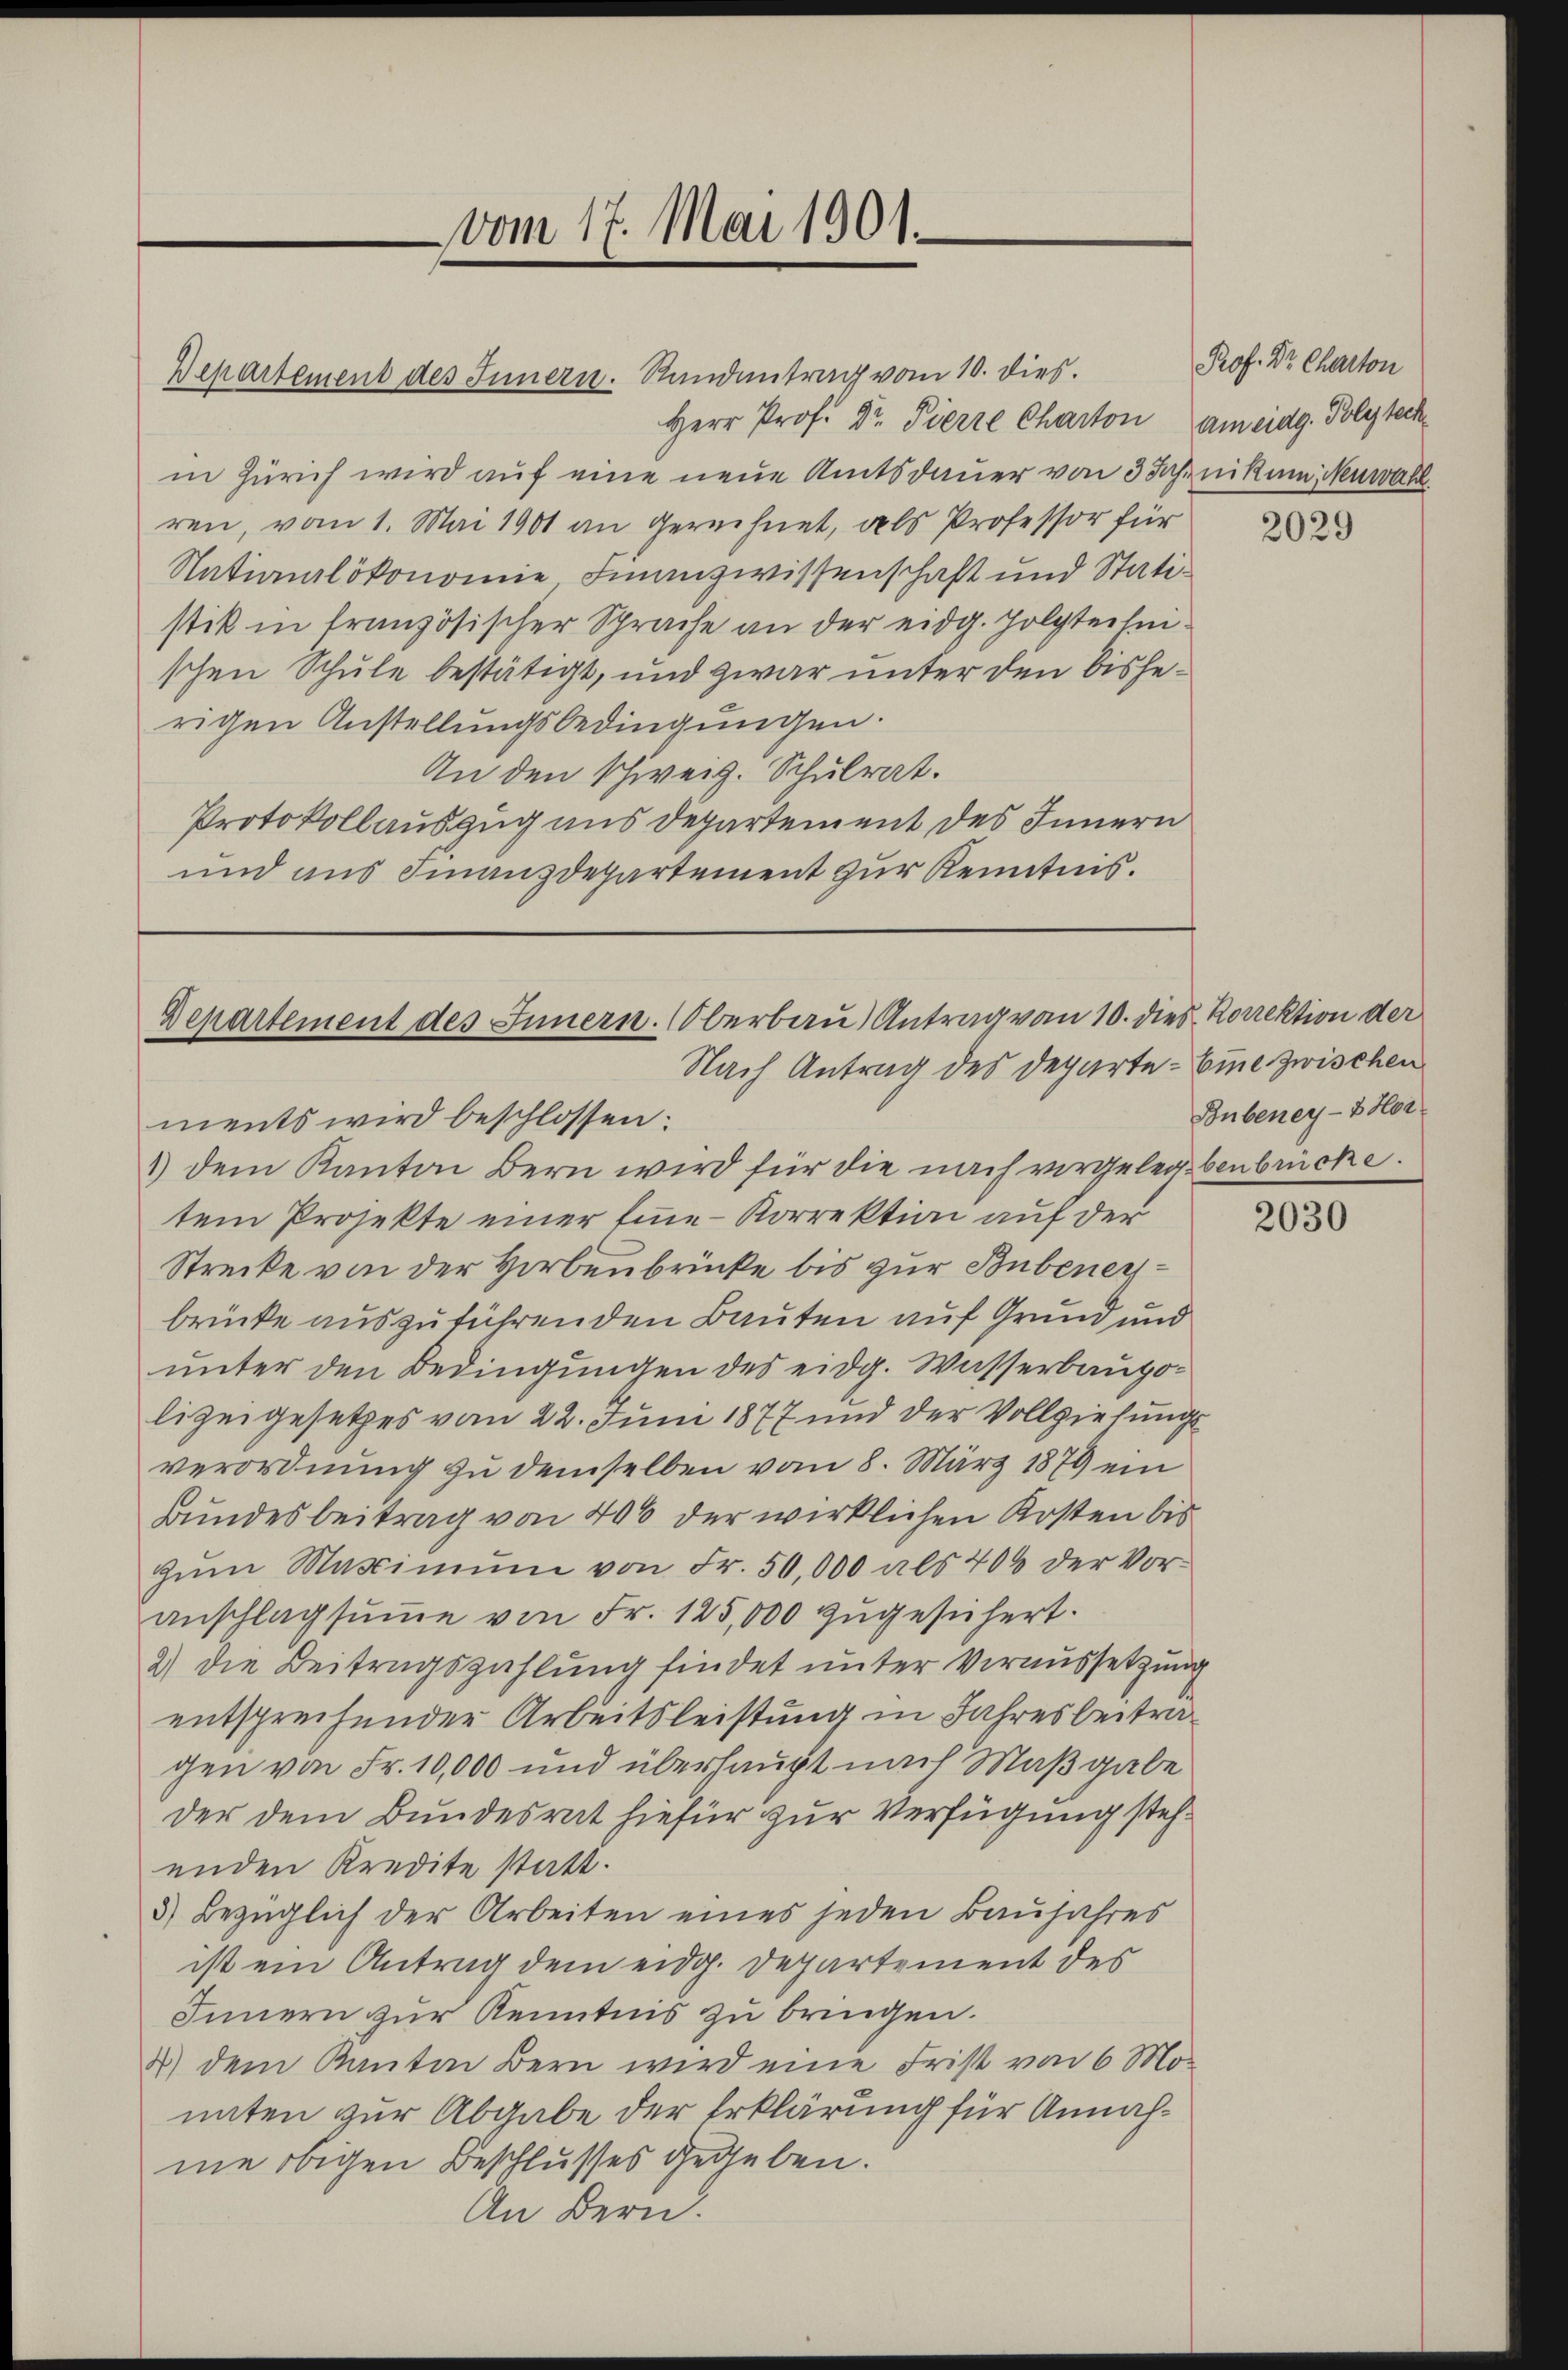
Herr Prof. Dr. Pierre Charton am eidg. Polyteche
in Zürich wird auf eine neue Amtsdauer von 3 Jahnikum Neuwahl
ren, vom 1. Mai 1901 an gerechnet, als Professor für
Nationalökonomie Finanzwissenschaft und Statistik in französischer Sprache an der eidg. Polytechnischen Schule bestätigt, und zwar unter den bisherigen Anstellungsbedingungen.
An den Schweiz. Schulrat.
Protokollauszug aus Departement des Innern
und aus Finanzdepartement zur Kenntnis.

vom 17. Mai 1901.

Departement des Innern. Randantrag vom 10. dies. Prof. Dr. Charton

Departement des Innern. Oberbau Antrag von 10. dies Korrektion der
Nach Antrag des Departe Eine zwischen

ments wird beschlossen:
1) dem Kanton Bern wird für die nach vorgelegebenbrücke.
tem Projekte einer Eine Korrektion auf der
Strecke von der Herbenbrücke bis zur Bubenerbrücke auszuführenden Bauten auf Grund und
unter den Bedingungen des eidg. Wasserbaupolizeigesetzes vom 22. Juni 1877 und der Vollziehungs
verordnung zu demselben vom 8. März 1879 ein
Bundesbeitrag von 40% der wirklichen Kosten bis
zŭm Maximŭm von Fr. 50,000 als 404 der Vor-
anschlagsŭṁe von Fr. 125,000 zugesichert.
2) die Beitragszahlung findet unter Voraussetzung
entsprechender Arbeitsleistung in Jahresbeitragen von Fr. 10,000 und überhaupt nach Maßgabe
der dem Bundesrat hiefür zur Verfügung stehenden Kredite statt.
5) Bezüglich der Arbeiten eines jeden Baujahres
ist ein Antrag dem eidg. Departement des
Innern zur Kenntnis zu bringen.
4) dem Kanton Bern wird eine Frist von 6 Mo-
unten zur Abgabe der Erklärung für Annahme obigen Beschlusses gegeben.
An Bern.

2029

Bubeney- & Hor

2030